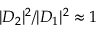
| D _ { 2 } | ^ { 2 } / | D _ { 1 } | ^ { 2 } \approx 1